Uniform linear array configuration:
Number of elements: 8
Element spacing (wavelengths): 0.75
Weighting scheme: blackman
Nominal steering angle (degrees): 0
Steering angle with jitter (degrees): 1.565
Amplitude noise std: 0.05
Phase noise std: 0.05

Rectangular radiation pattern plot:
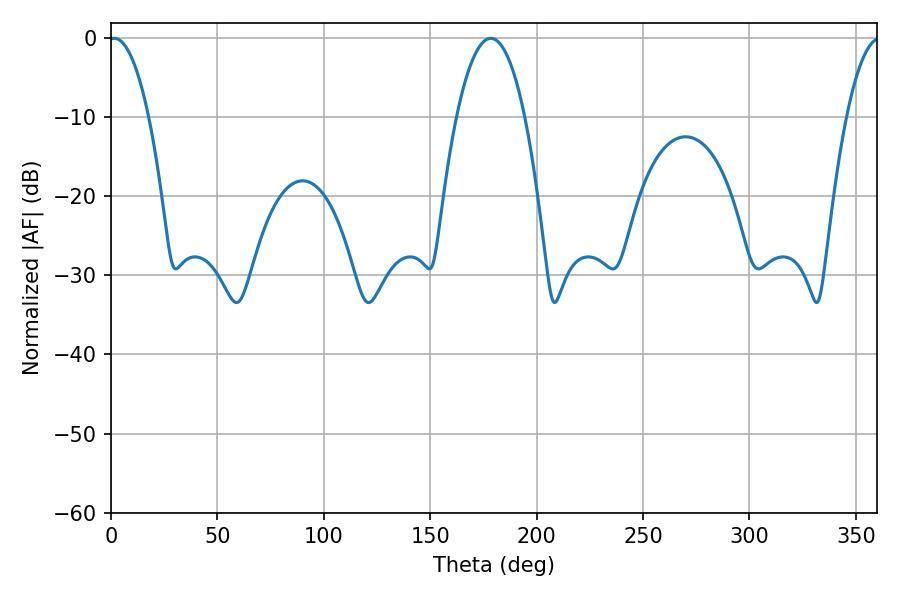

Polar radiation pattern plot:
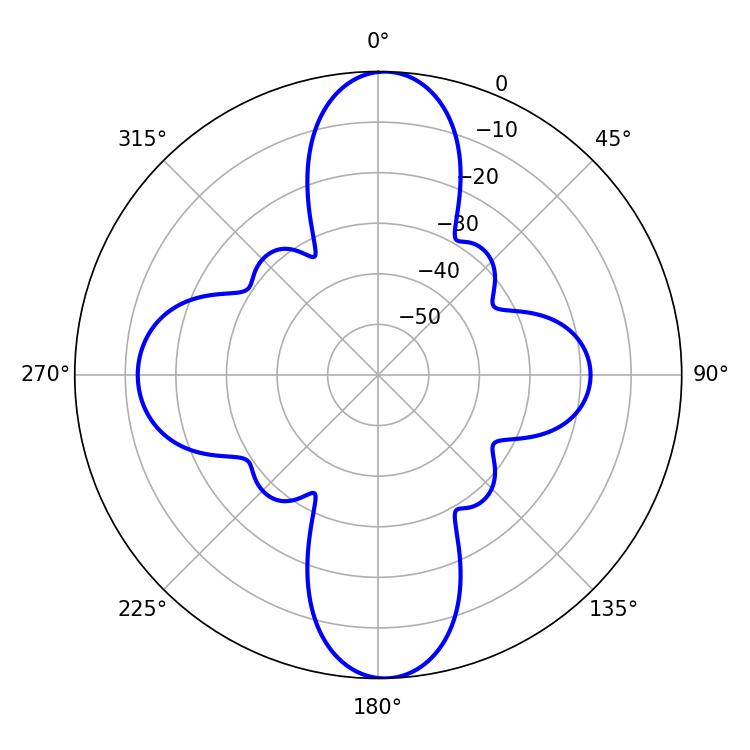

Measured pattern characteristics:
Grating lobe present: TRUE
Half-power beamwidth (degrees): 10.44
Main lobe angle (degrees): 1.62